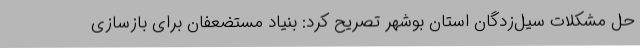
حل مشکلات سیل‌زدگان استان بوشهر تصریح کرد: بنیاد مستضعفان برای بازسازی